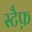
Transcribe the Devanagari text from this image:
स्टैफ़